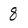
Character: 8